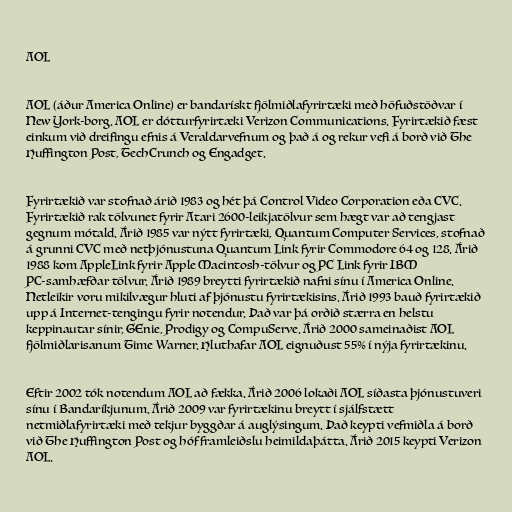
AOL

AOL (áður America Online) er bandarískt fjölmiðlafyrirtæki með höfuðstöðvar í
New York-borg. AOL er dótturfyrirtæki Verizon Communications. Fyrirtækið fæst
einkum við dreifingu efnis á Veraldarvefnum og það á og rekur vefi á borð við The
Huffington Post, TechCrunch og Engadget.

Fyrirtækið var stofnað árið 1983 og hét þá Control Video Corporation eða CVC.
Fyrirtækið rak tölvunet fyrir Atari 2600-leikjatölvur sem hægt var að tengjast
gegnum mótald. Árið 1985 var nýtt fyrirtæki, Quantum Computer Services, stofnað
á grunni CVC með netþjónustuna Quantum Link fyrir Commodore 64 og 128. Árið
1988 kom AppleLink fyrir Apple Macintosh-tölvur og PC Link fyrir IBM
PC-samhæfðar tölvur. Árið 1989 breytti fyrirtækið nafni sínu í America Online.
Netleikir voru mikilvægur hluti af þjónustu fyrirtækisins. Árið 1993 bauð fyrirtækið
upp á Internet-tengingu fyrir notendur. Það var þá orðið stærra en helstu
keppinautar sínir, GEnie, Prodigy og CompuServe. Árið 2000 sameinaðist AOL
fjölmiðlarisanum Time Warner. Hluthafar AOL eignuðust 55% í nýja fyrirtækinu.

Eftir 2002 tók notendum AOL að fækka. Árið 2006 lokaði AOL síðasta þjónustuveri
sínu í Bandaríkjunum. Árið 2009 var fyrirtækinu breytt í sjálfstætt
netmiðlafyrirtæki með tekjur byggðar á auglýsingum. Það keypti vefmiðla á borð
við The Huffington Post og hóf framleiðslu heimildaþátta. Árið 2015 keypti Verizon
AOL.